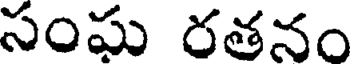
సంఘ రతనం